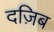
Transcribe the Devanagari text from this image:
दज़िब